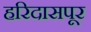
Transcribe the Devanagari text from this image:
हरिदासपूर